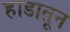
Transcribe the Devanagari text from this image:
हाडातून